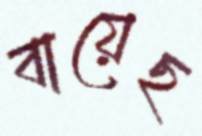
বায়েছ